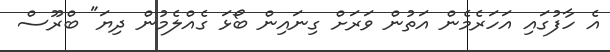
އެ ހާފުގައި އަހަރެމެން އަތުން ވަރަށް ގިނައިން ބޯޅަ ގެއްލެމުން ދިޔަ" ބްރޫސް